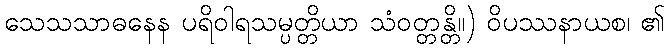
သေသသာဓနေန ပရိဝါရသမ္ပတ္တိယာ သံဝတ္တန္တိ။) ဝိပဿနာယစ၊ ၏